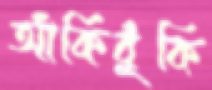
আঁকিবুঁকি